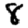
Digit: 8